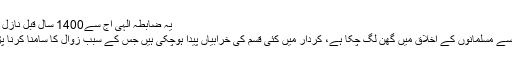
یہ ضابطہ الٰہی آج سے1400 سال قبل نازل ہوا تھا.س
بد قسمتی سے مسلمانوں کے اخلاق میں گھن لگ چکا ہے، کردار میں کئی قسم کی خرابیاں پیدا ہوچکی ہیں جس کے سبب زوال کا سامنا کرنا پڑ رہا ہے۔